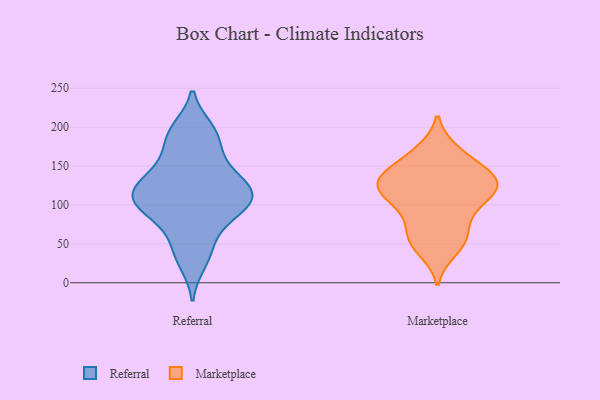
{"axis": {"x": "Gross Profit (USD K)", "y": "Value"}, "legend": ["Marketplace", "Referral"], "data": [{"x": "", "y": 136, "type": "Referral"}, {"x": "", "y": 53, "type": "Referral"}, {"x": "", "y": 197, "type": "Referral"}, {"x": "", "y": 166, "type": "Referral"}, {"x": "", "y": 93, "type": "Referral"}, {"x": "", "y": 82, "type": "Referral"}, {"x": "", "y": 132, "type": "Referral"}, {"x": "", "y": 118, "type": "Referral"}, {"x": "", "y": 192, "type": "Referral"}, {"x": "", "y": 89, "type": "Referral"}, {"x": "", "y": 131, "type": "Referral"}, {"x": "", "y": 115, "type": "Referral"}, {"x": "", "y": 102, "type": "Referral"}, {"x": "", "y": 111, "type": "Referral"}, {"x": "", "y": 26, "type": "Referral"}, {"x": "", "y": 40, "type": "Referral"}, {"x": "", "y": 159, "type": "Referral"}, {"x": "", "y": 192, "type": "Referral"}, {"x": "", "y": 111, "type": "Referral"}, {"x": "", "y": 106, "type": "Referral"}, {"x": "", "y": 129, "type": "Marketplace"}, {"x": "", "y": 68, "type": "Marketplace"}, {"x": "", "y": 136, "type": "Marketplace"}, {"x": "", "y": 132, "type": "Marketplace"}, {"x": "", "y": 119, "type": "Marketplace"}, {"x": "", "y": 154, "type": "Marketplace"}, {"x": "", "y": 48, "type": "Marketplace"}, {"x": "", "y": 57, "type": "Marketplace"}, {"x": "", "y": 169, "type": "Marketplace"}, {"x": "", "y": 134, "type": "Marketplace"}, {"x": "", "y": 104, "type": "Marketplace"}, {"x": "", "y": 140, "type": "Marketplace"}, {"x": "", "y": 63, "type": "Marketplace"}, {"x": "", "y": 126, "type": "Marketplace"}, {"x": "", "y": 113, "type": "Marketplace"}, {"x": "", "y": 42, "type": "Marketplace"}, {"x": "", "y": 168, "type": "Marketplace"}, {"x": "", "y": 94, "type": "Marketplace"}, {"x": "", "y": 98, "type": "Marketplace"}, {"x": "", "y": 123, "type": "Marketplace"}]}